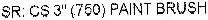
SR: CS 3" (750) PAINT BRUSH